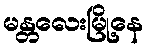
မန္တလေးမြို့နေ